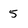
Character: 5